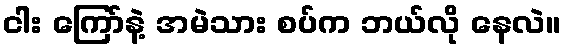
ငါး ကြော်နဲ့ အမဲသား စပ်က ဘယ်လို နေလဲ။